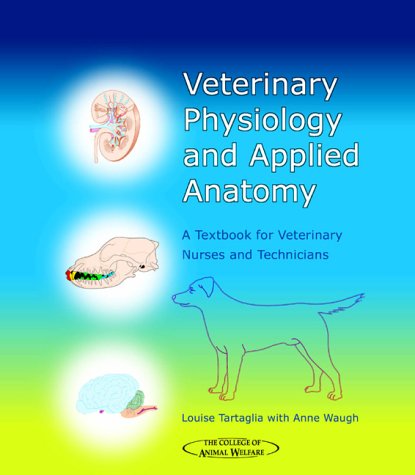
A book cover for Veterinary Physiology and Applied Anatomy: A Textbook for Veterinary Nurses and Technicians, 1e; CAW; Medical Books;